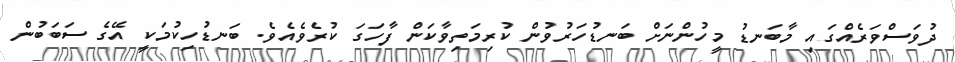
ދުވަސްވަރެއްގައި މާބަނޑު މީހުންނަށް ބަނޑުހަރުވުން ކުރިމަތިވާކަން ފާހަގަ ކުރެވެއެވެ. ބަނޑުހިކުމަކީ އޭގެ ސަބަބުން